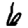
Digit: 6